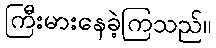
ကြီးမားနေခဲ့ကြသည်။